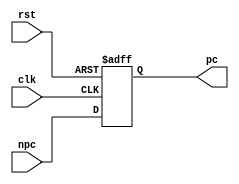

module PC(
input [31:0]npc,
input clk,
input rst,
output reg [31:0]pc
    );    
    always@(posedge clk or negedge rst) begin
        if(!rst) pc <= 32'hfffffffc;    //4
        else pc <= npc;
        end
endmodule